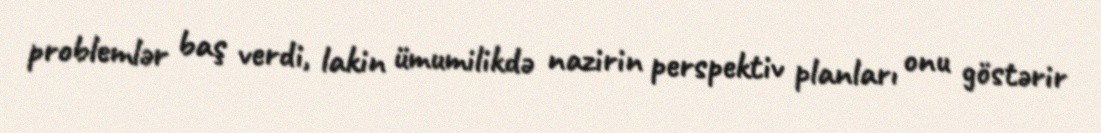
problemlər baş verdi, lakin ümumilikdə nazirin perspektiv planları onu göstərir